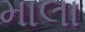
માલા